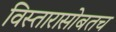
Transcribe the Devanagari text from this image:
विस्तारासोबतच